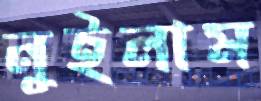
নুইলাম